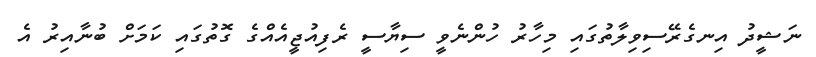
ނަޝީދު އިނގެރޭސިވިލާތުގައި މިހާރު ހުންނެވީ ސިޔާސީ ރެފިއުޖީއެއްގެ ގޮތުގައި ކަމަށް ބުނާއިރު އެ